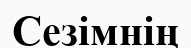
Сезімнің